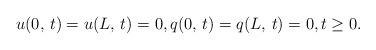
LaTeX: \begin{align*}& u(0,\,t)=u(L,\,t) = 0,q(0,\,t)=q(L,\,t) = 0,t\geq 0.\end{align*}